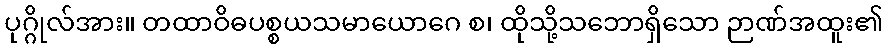
ပုဂ္ဂိုလ်အား။ တထာဝိဓပစ္စယသမာယောဂေ စ၊ ထိုသို့သဘောရှိသော ဉာဏ်အထူး၏